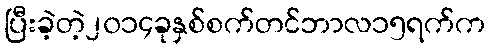
ပြီးခဲ့တဲ့၂၀၁၄ခုနှစ်စက်တင်ဘာလ၁၅ရက်က